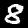
Digit: 8